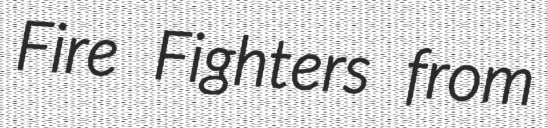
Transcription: Fire Fighters from